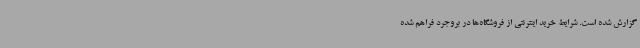
گزارش شده است. شرایط خرید اینترنتی از فروشگاه‌ها در بروجرد فراهم شده